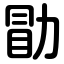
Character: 勖